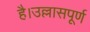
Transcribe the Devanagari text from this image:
है।उल्लासपूर्ण